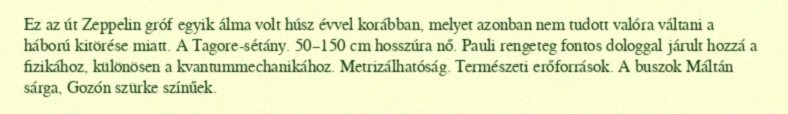
Ez az út Zeppelin gróf egyik álma volt húsz évvel korábban, melyet azonban nem tudott valóra váltani a háború kitörése miatt. A Tagore-sétány. 50–150 cm hosszúra nő. Pauli rengeteg fontos dologgal járult hozzá a fizikához, különösen a kvantummechanikához. Metrizálhatóság. Természeti erőforrások. A buszok Máltán sárga, Gozón szürke színűek.